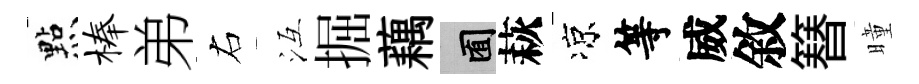
㸃榛弟右冱掘藕囿萩凉等威敘簮曈